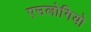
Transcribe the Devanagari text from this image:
एउलोगियो